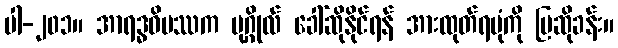
ပါ-၂၀၁။ အာရဒ္ဓဝိပဿက ပုဂ္ဂိုလ် ခေါ်ဆိုနိုင်ရန် အားထုတ်ရပုံကို ပြဆိုခန်း။